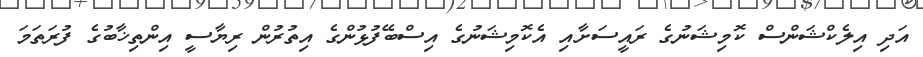
އަދި އިލެކްޝަންސް ކޮމިޝަނުގެ ރައީސަށާއި އެކޮމިޝަނުގެ އިސްބޭފުޅުންގެ އިތުރުން ރިޔާސީ އިންތިޚާބުގެ ފުރަތަމަ